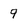
Character: 9